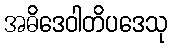
အဓိဒေဝါတိပဒေသု